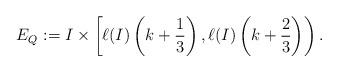
LaTeX: \begin{align*}E_Q:=I\times\left[\ell(I)\left(k+\frac13\right),\ell(I)\left(k+\frac23\right)\right).\end{align*}